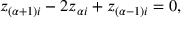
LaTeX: z _ { ( \alpha + 1 ) i } - 2 z _ { \alpha i } + z _ { ( \alpha - 1 ) i } = 0 ,